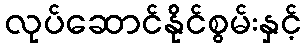
လုပ်ဆောင်နိုင်စွမ်းနှင့်